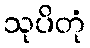
သုပိတုံ